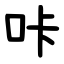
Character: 咔